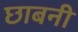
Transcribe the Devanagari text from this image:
छाबनी